Annual report of the Punjab Veterinary College and of the Civil Veterinary Department, Punjab - 1909-1919
Year: 1909
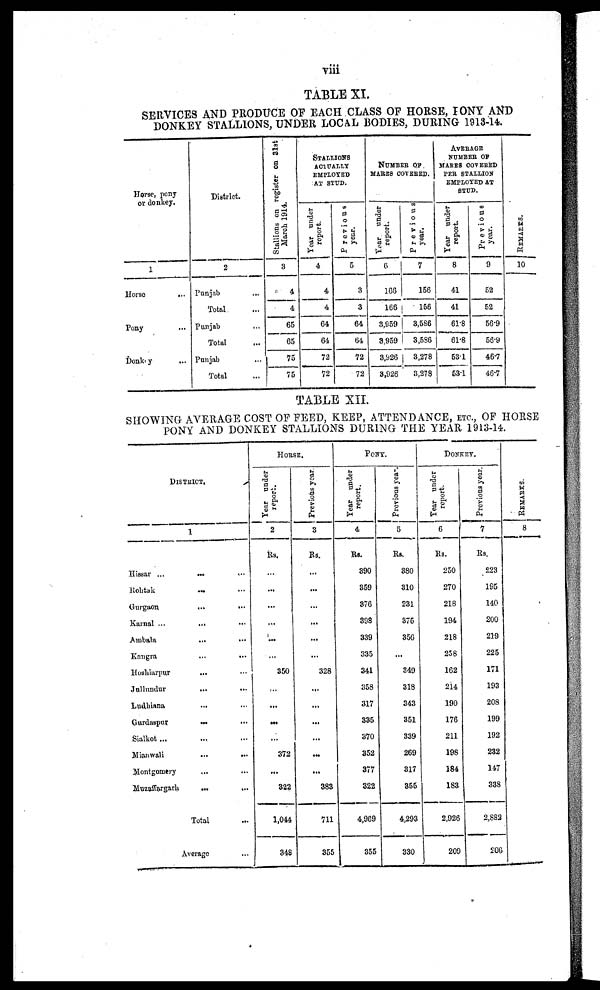
viii
TABLE XI.
SERVICES AND PRODUCE OF EACH CLASS OF HORSE, PONY AND
DONKEY STALLIONS, UNDER LOCAL BODIES, DURING 1913-14.
Horse, pony
1
Horse
...
Pony ...
Donkey
...
District.
2
Punjab ...
Total ...
Punjab
...
Total
Punjab ...
Total
Stallions on register on 31st
March 1914.
3
4
4
65
65
75
75
STALLIONS
ACTUALLY
EMPLOYED
AT STUD.
Year under
report.
4
4
4
64
64
72
72
Previous
year.
5
3
3
64
64
72
72
NUMBER OF
MARES COVERED.
Year under
report.
6
166
166
3,959
3,959
3,926
3,926
Previous
year,
7
156
156
3,586
3,586
3,278
3,278
AVERAGE
NUMBER OF
MARES COVERED
PER STALLION
EMPLOYED AT
STUD.
Year under
report.
8
41
41
61.8
61.8
531
53.1
Previous
year.
9
52
52
56.9
56.9
46.7
46.7
REMARKS.
10
TABLE XII.
SHOWING AVERAGE COST OF FEED, KEEP, ATTENDANCE, ETC., OF HORSE
PONY AND DONKEY STALLIONS DURING THE YEAR 1913-14.
DISTRICT.
1
Hissar ... ... ...
Rohtak ... ...
Gurgaon ... ...
Karnal ... ... ...
Ambala ... ...
Kangra ... ...
Hoshiarpur ... ...
Jullundur ... ...
Ludhiana ... ...
Gurdaspur ... ...
Sialkot ... ...
Mianwali ... ...
Montgomery ... ...
Muzaffargarh ... ...
Total ...
Average ... ...
HORSE.
Year under
report.
2
Rs.
...
...
...
...
...
...
350
...
...
...
...
372
...
322
1,044
348
Previous year.
3
Rs.
...
...
...
...
...
...
328
...
...
...
...
...
...
383
711
355
PONY.
Year under
report.
4
Rs.
390
359
376
398
339
335
341
358
317
335
370
352
377
322
4,969
355
Previous year.
5
Rs.
380
310
231
375
356
...
349
318
343
351
339
269
317
355
4,293
330
DONKEY.
Year under
report.
6
Rs.
250
270
218
194
218
258
162
214
190
176
211
198
184
183
2,926
209
Previous year.
7
Rs.
223
195
140
200
219
225
171
193
208
199
192
232
147
338
2,882
206
REMARKS.
8